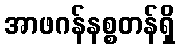
အာဖဂန်နစ္စတန်ရှိ